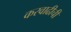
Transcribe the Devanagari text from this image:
करवाढीची